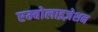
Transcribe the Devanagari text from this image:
एम्बोलाइज़ेशन